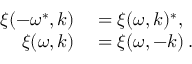
\begin{array} { r l } { \xi ( - \omega ^ { * } , \boldsymbol { k } ) } & { { } = \xi ( \omega , \boldsymbol { k } ) ^ { * } , } \\ { \xi ( \omega , \boldsymbol { k } ) } & { { } = \xi ( \omega , - \boldsymbol { k } ) \, . } \end{array}